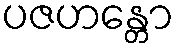
ပဇဟန္တော